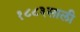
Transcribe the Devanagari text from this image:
१८८३साली